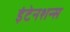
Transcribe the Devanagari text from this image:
इंटेनशन्स